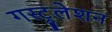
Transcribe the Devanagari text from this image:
गस्ट्रुलेशन